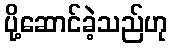
ပို့ဆောင်ခဲ့သည်ဟု